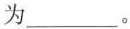
为___ 。